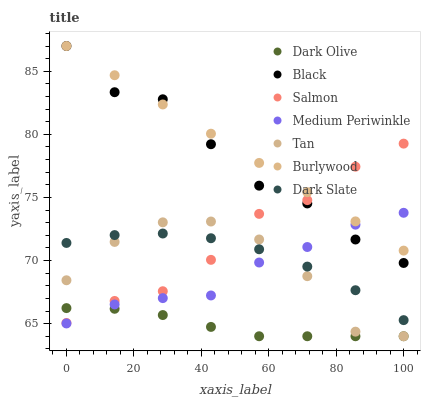
| xaxis_label | Dark Olive | Black | Salmon | Medium Periwinkle | Tan | Burlywood | Dark Slate |
 | --- | --- | --- | --- | --- | --- | --- | --- |
 | 0 | 66.2 | 87 | 65.1 | 65 | 68.4 | 87 | 71.4 |
 | 14.3 | 66.2 | 83.3 | 66.8 | 66.5 | 71.5 | 84.7 | 72 |
 | 28.6 | 65.7 | 82.8 | 67.6 | 67 | 73 | 82.4 | 72.1 |
 | 42.9 | 64.7 | 79.2 | 70.1 | 67.2 | 73.1 | 80.1 | 71.8 |
 | 57.1 | 64 | 75.9 | 73.7 | 69.8 | 71.7 | 77.7 | 70.9 |
 | 71.4 | 64 | 74.5 | 74.8 | 71.1 | 68.8 | 75.4 | 69.5 |
 | 85.7 | 64 | 71.7 | 77.4 | 72.8 | 64.4 | 73.1 | 67.6 |
 | 100 | 64 | 69.8 | 79.3 | 73.8 | 64 | 70.8 | 65.3 |